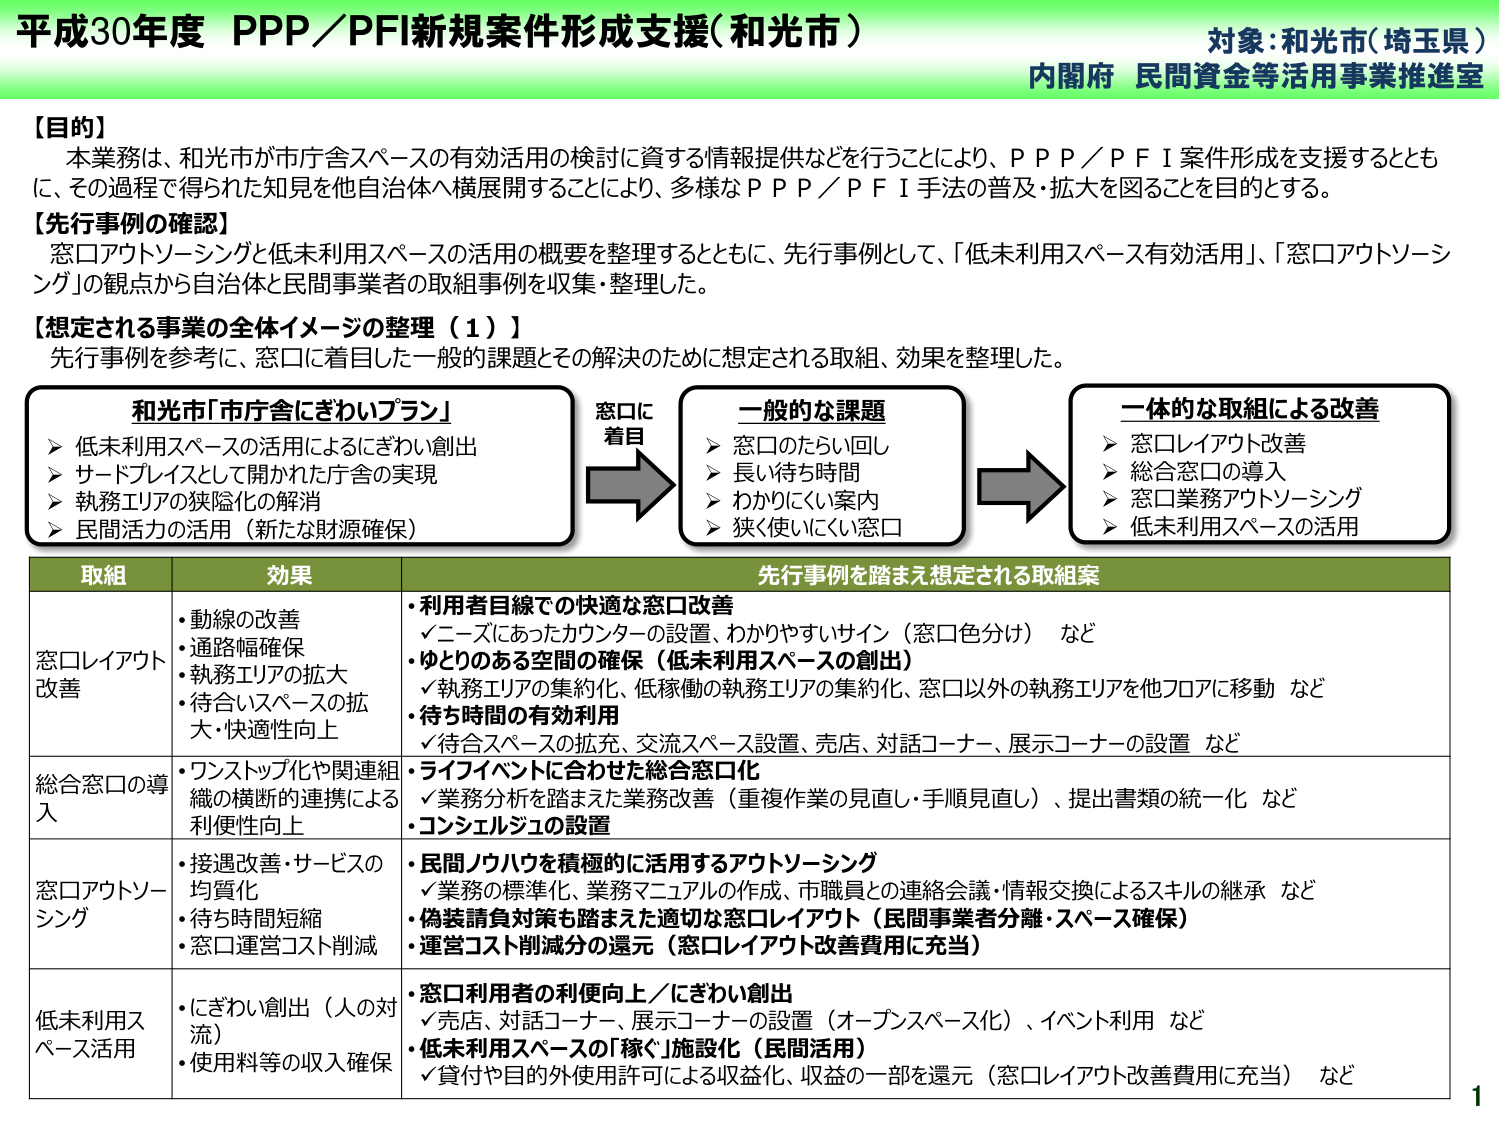
平成30年度 PPP／PFI新規案件形成支援(和光市)
対象:和光市(埼玉県)
内閣府 民間資金等活用事業推進室

【目的】
本業務は、和光市が市庁舎スペースの有効活用の検討に資する情報提供などを行うことにより、ＰＰＰ／ＰＦＩ案件形成を支援するとともに、その過程で得られた知見を他自治体へ横展開することにより、多様なＰＰＰ／ＰＦＩ手法の普及・拡大を図ることを目的とする。

【先行事例の確認】
窓口アウトソーシングと低未利用スペースの活用の概要を整理するとともに、先行事例として、「低未利用スペース有効活用」、「窓口アウトソーシング」の観点から自治体と民間事業者の取組事例を収集・整理した。

【想定される事業の全体イメージの整理（１）】
先行事例を参考に、窓口に着目した一般的な課題とその解決のために想定される取組、効果を整理した。

和光市「市庁舎にぎわいプラン」
▶ 低未利用スペースの活用によるにぎわい創出
▶ サードプレイスとして開かれた庁舎の実現
▶ 執務エリアの狭隘化の解消
▶ 民間活力の活用（新たな財源確保）

窓口に
着目

一般的な課題
▶ 窓口のたらい回し
▶ 長い待ち時間
▶ わかりにくい案内
▶ 狭く使いにくい窓口

一体的な取組による改善
▶ 窓口レイアウト改善
▶ 総合窓口の導入
▶ 窓口業務アウトソーシング
▶ 低未利用スペースの活用

取組　　　　　効果　　　　　　　　　　　　　　　　　　　　　　　　　　　　　　　　　　　先行事例を踏まえ想定される取組案
窓口レイアウト改善　・動線の改善　　　　　　　・利用者目線での快適な窓口改善
　　　　　　　　　・通路幅確保　　　　　　　　✓ニーズにあったカウンターの設置、わかりやすいサイン（窓口色分け）など
　　　　　　　　　・執務エリアの拡大　　　　　・ゆとりのある空間の確保（低未利用スペースの創出）
　　　　　　　　　・待合いスペースの拡大・快適性向上　✓執務エリアの集約化、低稼働の執務エリアの集約化、窓口以外の執務エリアを他フロアに移動 など
　　　　　　　　　　　　　　　　　　　　　　　・待ち時間の有効利用
　　　　　　　　　　　　　　　　　　　　　　　✓待合スペースの拡充、交流スペース設置、売店、対話コーナー、展示コーナーの設置 など

総合窓口の導入　・ワンストップ化や関連組織の横断的連携による利便性向上　・ライフイベントに合わせた総合窓口化
　　　　　　　　　　　　　　　　　　　　　　　✓業務分析を踏まえた業務改善（重複作業の見直し・手順見直し）、提出書類の統一化 など
　　　　　　　　　　　　　　　　　　　　　　　・コンシェルジュの設置

窓口アウトソーシング　・接遇改善・サービスの均質化　　　　　　　・民間ノウハウを積極的に活用するアウトソーシング
　　　　　　　　　　・待ち時間短縮　　　　　　　　　　　　　　✓業務の標準化、業務マニュアルの作成、市職員との連絡会議・情報交換によるスキルの継承 など
　　　　　　　　　　・窓口運営コスト削減　　　　　　　　　　・偽装負対策も踏まえた適切な窓口レイアウト（民間事業者分離・スペース確保）
　　　　　　　　　　　　　　　　　　　　　　　　　　　　　　・運営コスト削減分の還元（窓口レイアウト改善費用に充当）

低未利用スペース活用　・にぎわい創出（人の対流）　　　　　　　・窓口利用者の利便向上／にぎわい創出
　　　　　　　　　　・使用料等の収入確保　　　　　　　　　　✓売店、対話コーナー、展示コーナーの設置（オープンスペース化）、イベント利用 など
　　　　　　　　　　　　　　　　　　　　　　　　　　　　　　・低未利用スペースの「稼ぐ」施設化（民間活用）
　　　　　　　　　　　　　　　　　　　　　　　　　　　　　　✓貸付や目的外使用許可による収益化、収益の一部を還元（窓口レイアウト改善費用に充当） など

1